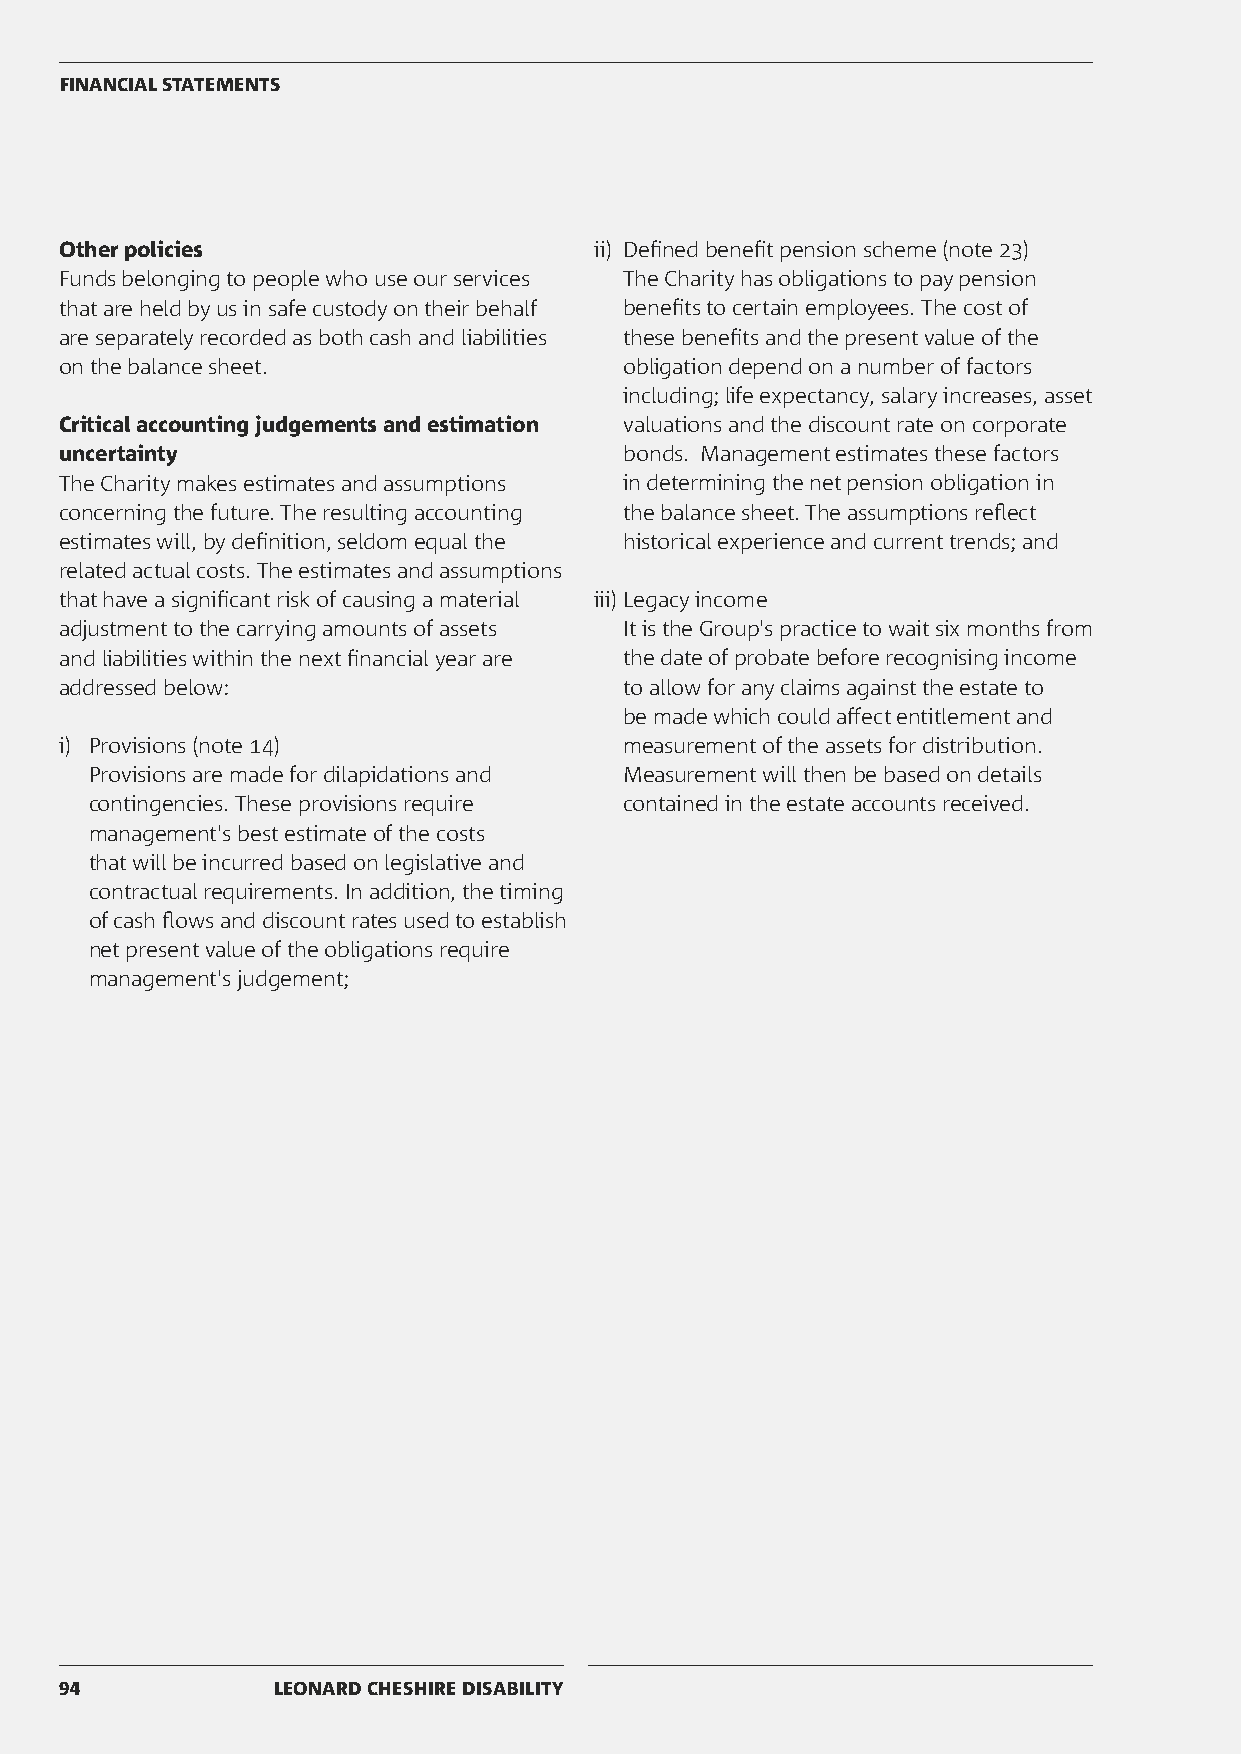
FINANCIAL STATEMENTS
 Other policies                     ii) Defined benefit pension scheme (note 23)
 Funds belonging to people who use our services The Charity has obligations to pay pension
 that are held by us in safe custody on their behalf benefits to certain employees. The cost of
 are separately recorded as both cash and liabilities these benefits and the present value of the
 on the balance sheet.                obligation depend on a number of factors
 including; life expectancy, salary increases, asset
 Critical accounting judgements and estimation valuations and the discount rate on corporate
 uncertainty                          bonds. Management estimates these factors
 The Charity makes estimates and assumptions in determining the net pension obligation in
 concerning the future. The resulting accounting the balance sheet. The assumptions reflect
 estimates will, by definition, seldom equal the historical experience and current trends; and
 related actual costs. The estimates and assumptions
 that have a significant risk of causing a material iii) Legacy income
 adjustment to the carrying amounts of assets It is the Group's practice to wait six months from
 and liabilities within the next financial year are the date of probate before recognising income
 addressed below:                     to allow for any claims against the estate to
 be made which could affect entitlement and
 i) Provisions (note 14)              measurement of the assets for distribution.
 Provisions are made for dilapidations and Measurement will then be based on details
 contingencies. These provisions require contained in the estate accounts received.
 management's best estimate of the costs
 that will be incurred based on legislative and
 contractual requirements. In addition, the timing
 of cash flows and discount rates used to establish
 net present value of the obligations require
 management's judgement;
 94            LEONARD CHESHIRE DISABILITY